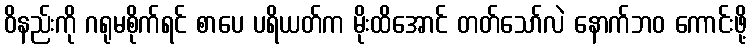
ဝိနည်းကို ဂရုမစိုက်ရင် စာပေ ပရိယတ်က မိုးထိအောင် တတ်သော်လဲ နောက်ဘဝ ကောင်းဖို့